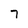
Character: 7